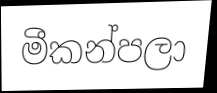
මීකන්පලා